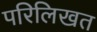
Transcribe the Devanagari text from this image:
परिलिखत